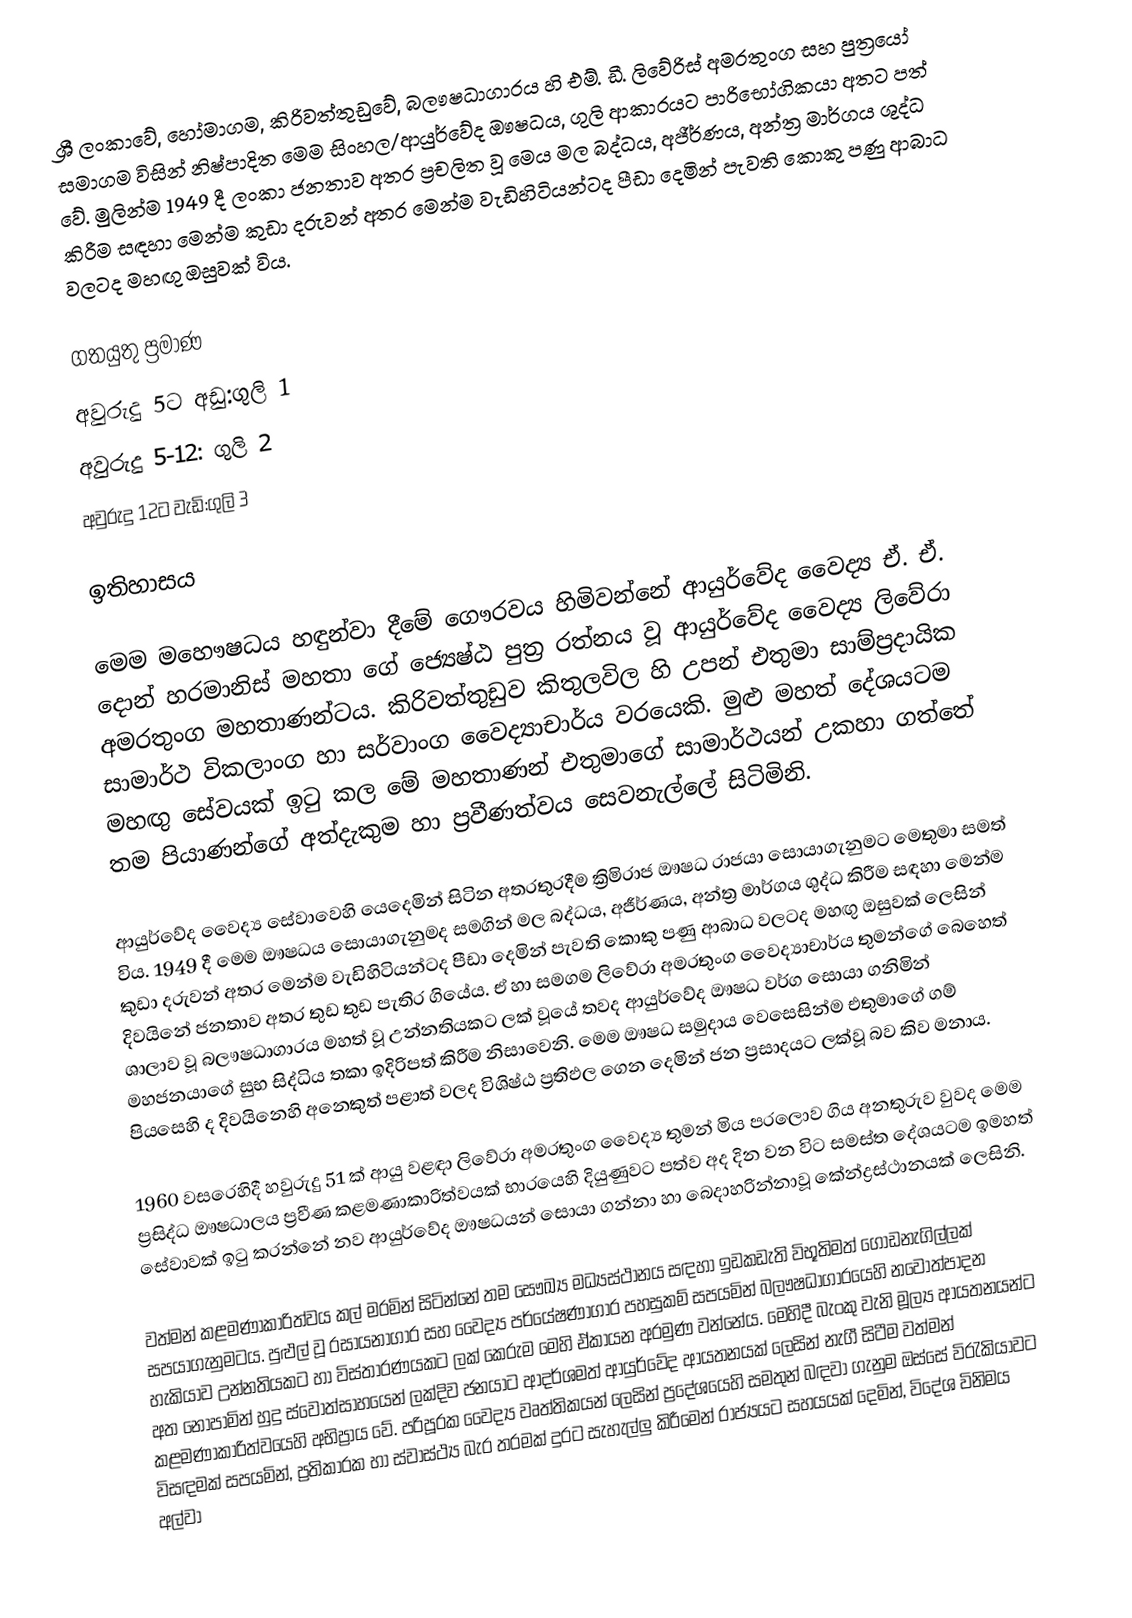
ශ්‍රී ලංකාවේ, හෝමාගම, කිරිවත්තුඩුවේ, බලෟෂධාගාරය හි එම්. ඩී. ලිවේරිස් අමරතුංග සහ පුත්‍රයෝ සමාගම විසින් නිෂ්පාදිත මෙම සිංහල/ආයුර්වේද ඖෂධය, ගුලි ආකාරයට පාරිභෝගිකයා අතට පත් වේ. මුලින්ම 1949 දී ලංකා ජනතාව අතර ප්‍රචලිත වූ මෙය මල බද්ධය, අජීර්ණය, අන්ත්‍ර මාර්ගය ශුද්ධ කිරීම සඳහා මෙන්ම කුඩා දරුවන් අතර මෙන්ම වැඩිහිටියන්ටද පීඩා දෙමින් පැවති කොකු පණු ආබාධ වලටද මහඟු ඔසුවක් විය.

ගතයුතු ප්‍රමාණ
 අවුරුදු 5ට අඩු:ගුලි 1
 අවුරුදු 5-12: ගුලි 2
 අවුරුදු 12ට වැඩි:ගුලි 3

ඉතිහාසය

මෙම මහෞෂධය හඳුන්වා දීමේ ගෞරවය හිමිවන්නේ ආයුර්වේද වෛද්‍ය ඒ. ඒ. දොන් හරමානිස් මහතා ගේ ජ්‍යෙෂ්ඨ පුත්‍ර රත්නය වූ ආයුර්වේද වෛද්‍ය ලිවේරා අමරතුංග මහතාණන්ටය. කිරිවත්තුඩුව කිතුලවිල හි උපන් එතුමා සාම්ප්‍රදායික සාමාර්ථ විකලාංග හා සර්වාංග වෛද්‍යාචාර්ය වරයෙකි. මුළු මහත් දේශයටම මහඟු සේවයක් ඉටු කල මේ මහතාණන් එතුමාගේ සාමාර්ථයන් උකහා ගත්තේ තම පියාණන්ගේ අත්දැකුම හා ප්‍රවීණත්වය සෙවනැල්ලේ සිටිමිනි.

ආයුර්වේද වෛද්‍ය සේවාවෙහි යෙදෙමින් සිටින අතරතුරදීම ක්‍රිමිරාජ ඖෂධ රාජයා සොයාගැනුමට මෙතුමා සමත් විය. 1949 දී මෙම ඖෂධය සොයාගැනුමද සමගින් මල බද්ධය, අජීර්ණය, අන්ත්‍ර මාර්ගය ශුද්ධ කිරීම සඳහා මෙන්ම කුඩා දරුවන් අතර මෙන්ම වැඩිහිටියන්ටද පීඩා දෙමින් පැවති කොකු පණු ආබාධ වලටද මහඟු ඔසුවක් ලෙසින් දිවයිනේ ජනතාව අතර තුඩ තුඩ පැතිර ගියේය. ඒ හා සමගම ලිවේරා අමරතුංග වෛද්‍යාචාර්ය තුමන්ගේ බෙහෙත් ශාලාව වූ බලෟෂධාගාරය මහත් වූ උන්නතියකට ලක් වූයේ තවද ආයුර්වේද ඖෂධ වර්ග සොයා ගනිමින් මහජනයාගේ සුභ සිද්ධිය තකා ඉදිරිපත් කිරීම නිසාවෙනි.  මෙම ඖෂධ සමුදාය වෙසෙසින්ම එතුමාගේ ගම් පියසෙහි ද දිවයිනෙහි අනෙකුත් පළාත් වලද විශිෂ්ඨ ප්‍රතිඵල ගෙන දෙමින් ජන ප්‍රසාදයට ලක්වූ බව කිව මනාය.

1960 වසරෙහිදී හවුරුදු 51 ක් ආයු වළඳා ලිවේරා අමරතුංග වෛද්‍ය තුමන් මිය පරලොව ගිය අනතුරුව වුවද මෙම ප්‍රසිද්ධ ඖෂධාලය ප්‍රවීණ කළමණාකාරිත්වයක් භාරයෙහි දියුණුවට පත්ව අද දින වන විට සමස්ත දේශයටම ඉමහත් සේවාවක් ඉටු කරන්නේ නව ආයුර්වේද ඖෂධයන් සොයා ගන්නා හා බෙදාහරින්නාවූ කේන්ද්‍රස්ථානයක් ලෙසිනි.

වත්මන් කළමණාකාරිත්වය කල් මරමින් සිටින්නේ තම සෞඛ්‍ය මධ්‍යස්ථානය සඳහා ඉඩකඩැති විභූතිමත් ගොඩනැගිල්ලක් සපයාගැනුමටය. පුළුල් වූ රසායනාගාර සහ වෛද්‍ය පර්යේෂණාගාර පහසුකම් සපයමින් බලෟෂධාගාරයෙහි නවෝත්පාදන හැකියාව උන්නතියකට හා විස්තාරණයකට ලක් කෙරුම  මෙහි ඒකායන අරමුණ වන්නේය. මෙහිදී බැංකු වැනි මූල්‍ය ආයතනයන්ට අත නොපාමින් හුදු ස්වෝත්සාහයෙන් ලක්දිව ජනයාට ආදර්ශමත් ආයුර්වේද ආයතනයක් ලෙසින් නැගී සිටීම වත්මන් කළමණාකාරිත්වයෙහි අභිප්‍රාය වේ. පරිපූරක වෛද්‍ය වෘත්තිකයන් ලෙසින් ප්‍රදේශයෙහි සමතුන් බඳවා ගැනුම ඔස්සේ විරැකියාවට විසඳමක් සපයමින්, ප්‍රතිකාරක හා ස්වාස්ථ්‍ය බැර තරමක් දුරට සැහැල්ලු කිරීමෙන්  රාජ්‍යයට සහයයක් දෙමින්,  විදේශ විනිමය අල්වා